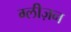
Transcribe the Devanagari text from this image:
ग्लीज़न